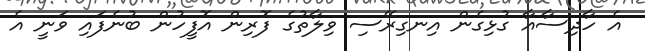
އެ ހާދިސާއާ ގުޅިގެން އިނގިރޭސި ވިލާތުގެ ފޮރިން އޮފީހުން ބުނެފައި ވަނީ އެ